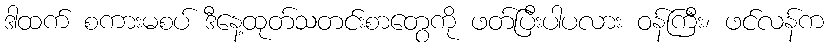
ဒါထက် စကားမစပ် ဒီနေ့ထုတ်သတင်းစာတွေကို ဖတ်ပြီးပါပလား ဝန်ကြီး၊ ဖင်လန်က